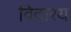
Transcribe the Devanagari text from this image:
विदारय